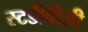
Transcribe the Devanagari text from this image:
स्टडीवीज़ी